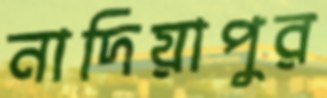
নাদিয়াপুর